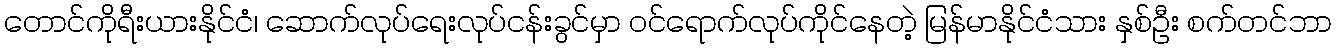
တောင်ကိုရီးယားနိုင်ငံ၊ ဆောက်လုပ်ရေးလုပ်ငန်းခွင်မှာ ဝင်ရောက်လုပ်ကိုင်နေတဲ့ မြန်မာနိုင်ငံသား နှစ်ဦး စက်တင်ဘာ